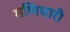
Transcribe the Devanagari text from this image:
मणिधारी